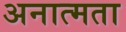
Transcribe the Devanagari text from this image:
अनात्मता